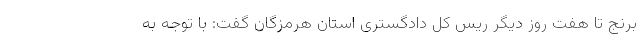
برنج تا هفت روز دیگر ریس کل دادگستری استان هرمزگان گفت: با توجه به